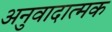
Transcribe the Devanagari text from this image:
अनुवादात्मक